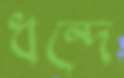
ধন্দে